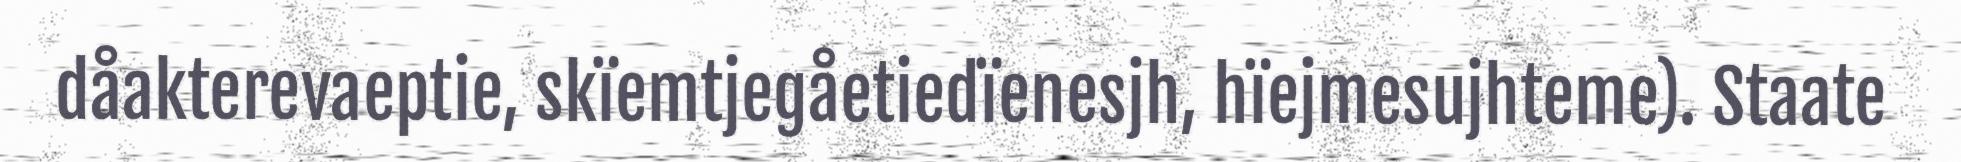
dåakterevaeptie, skïemtjegåetiedïenesjh, hïejmesujhteme). Staate